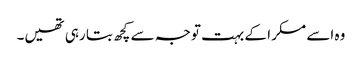
وہ اسے مسکرا کے بہت توجہ سے کچھ بتا رہی تھیں۔